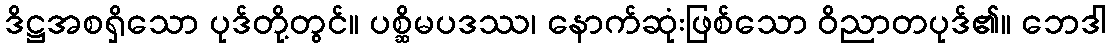
ဒိဋ္ဌအစရှိသော ပုဒ်တို့တွင်။ ပစ္ဆိမပဒဿ၊ နောက်ဆုံးဖြစ်သော ဝိညာတပုဒ်၏။ ဘေဒါ